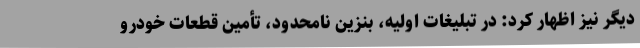
دیگر نیز اظهار کرد: در تبلیغات اولیه، بنزین نامحدود، تأمین قطعات خودرو